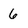
Character: 6